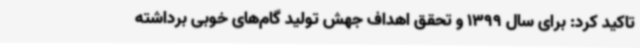
تاکید کرد: برای سال 1399 و تحقق اهداف جهش تولید گام‌های خوبی برداشته